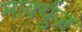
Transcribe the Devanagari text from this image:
मार्क्युज